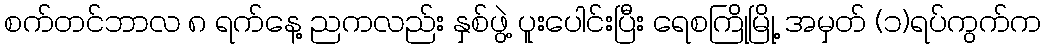
စက်တင်ဘာလ ၈ ရက်နေ့ ညကလည်း နှစ်ဖွဲ့ ပူးပေါင်းပြီး ရေစကြိုမြို့ အမှတ် (၁)ရပ်ကွက်က